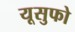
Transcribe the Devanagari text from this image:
यूसुफो